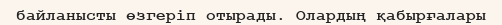
байланысты өзгеріп отырады. Олардың қабырғалары